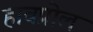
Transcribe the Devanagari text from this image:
हावप्रोल